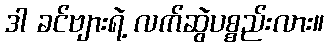
ဒါ ခင်ဗျားရဲ့ လက်ဆွဲပစ္စည်းလား။